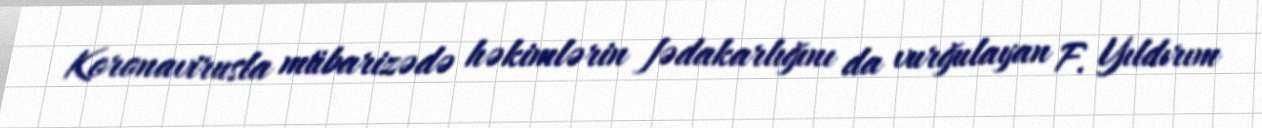
Koronavirusla mübarizədə həkimlərin fədakarlığını da vurğulayan F. Yıldırım